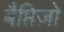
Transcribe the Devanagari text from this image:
बैप्तिज़ो